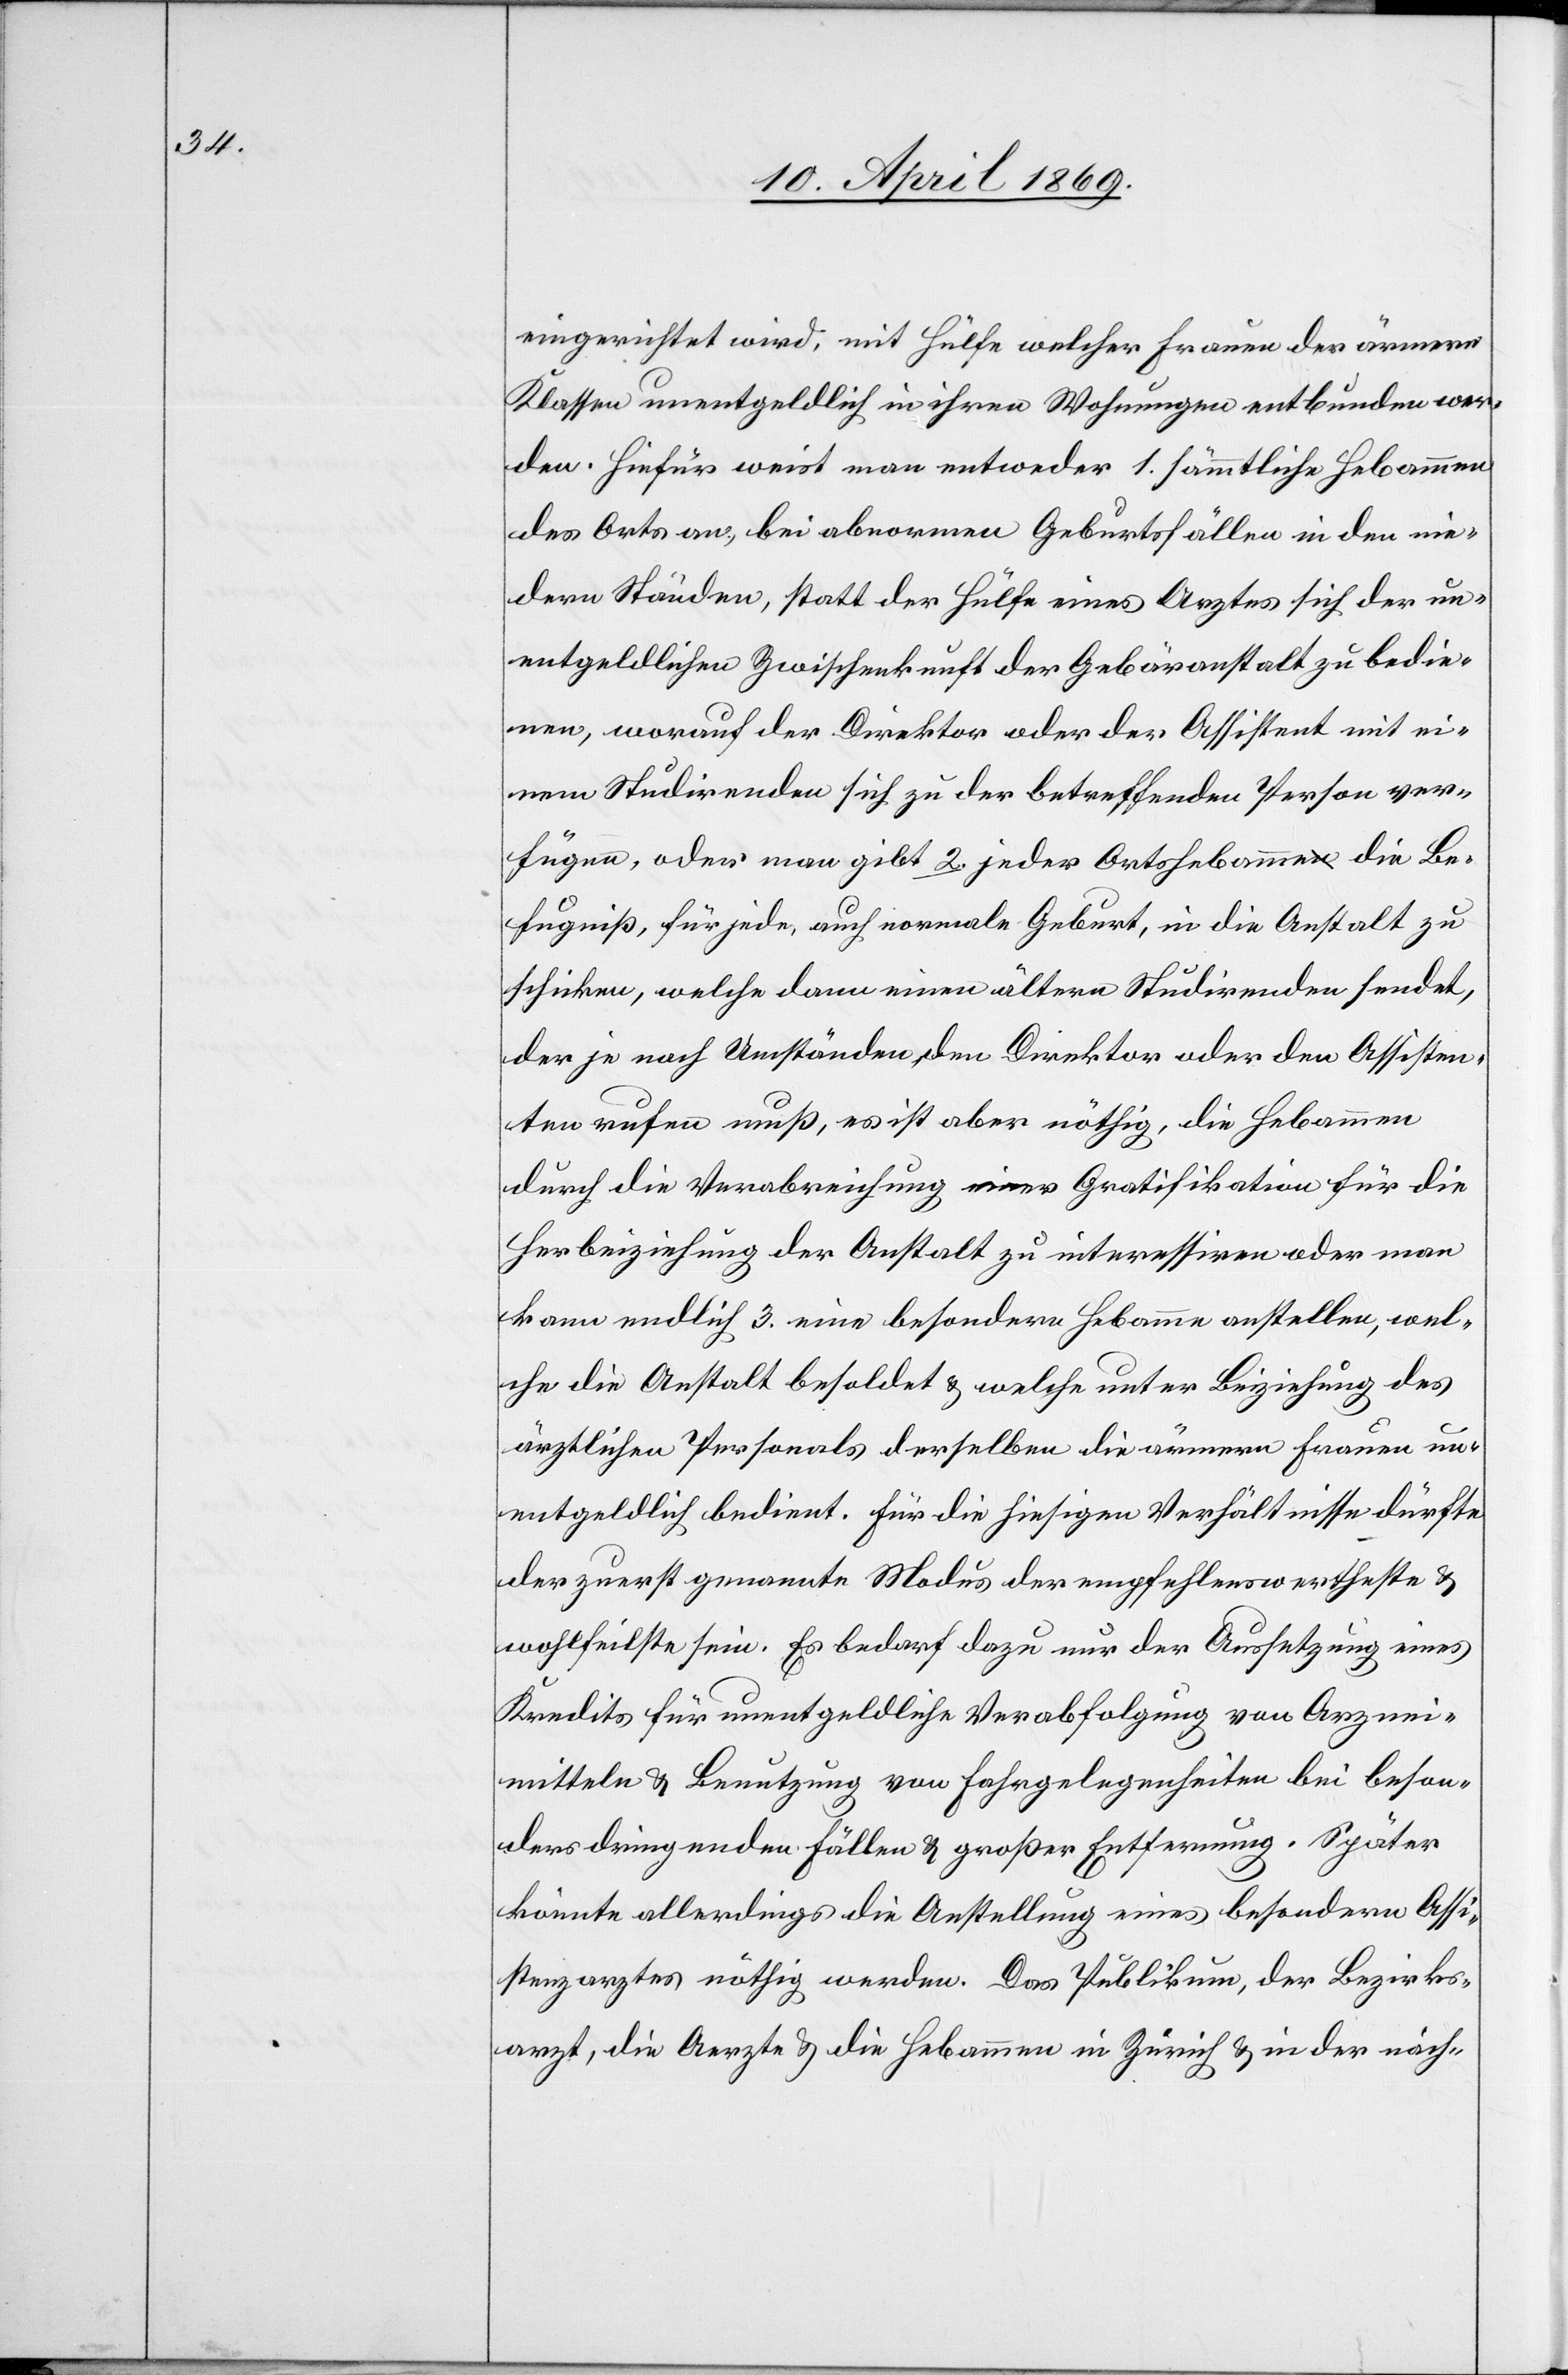
eingerichtet wird, mit Hülfe welcher Frauen der ärmern
Klassen unentgeldlich in ihren Wohnungen entbunden wer¬
den. Hiefür weist man entweder 1. sämmtliche Hebammen
des Orts an, bei abnormen Geburtsfällen in den nie¬
dern Ständen, statt der Hülfe eines Arztes sich der un¬
entgeldlichen Zwischenkunft der Gebäranstalt zu bedie¬
nen, worauf der Direktor oder der Assistent mit ei¬
nem Studirenden sich zu der betreffenden Person ver¬
fügen, oder man gibt 2. jeder Ortshebamme die Be¬
fugniß, für jede, auch normale Geburt, in die Anstalt zu
schicken, welche dann einen ältern Studirenden sendet,
der je nach Umständen den Direktor oder den Assisten¬
ten rufen muß, es ist aber nöthig, die Hebammen
durch die Verabreichung einer Gratifikation für die
Herbeiziehung der Anstalt zu interessiren oder man
kann endlich 3. eine besondere Hebamme anstellen, wel¬
che die Anstalt besoldet u. welche unter Beiziehung des
ärztlichen Personals derselben die ärmern Frauen un¬
entgeldlich bedient. Für die hiesigen Verhältnisse dürfte
der zuerst genannte Modus der empfehlenswertheste u.
wohlfeilste sein. Es bedarf dazu nur der Aussetzung eines
Kredits für unentgeldliche Verabfolgung von Arznei¬
mitteln u. Benutzung von Fahrgelegenheiten bei beson¬
ders dringenden Fällen u. großer Entfernung. Später
könnte allerdings die Anstellung eines besondern Assi¬
stenzarztes nöthig werden. Das Publikum, der Bezirks¬
arzt, die Aerzte u. die Hebamme in Zürich u. in der näch-